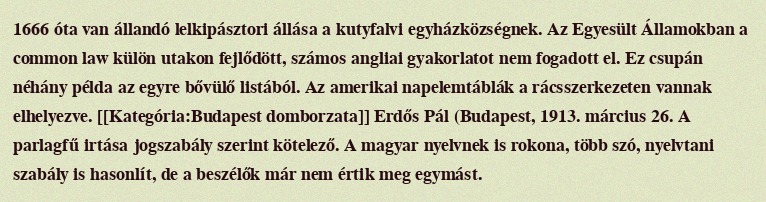
1666 óta van állandó lelkipásztori állása a kutyfalvi egyházközségnek. Az Egyesült Államokban a common law külön utakon fejlődött, számos angliai gyakorlatot nem fogadott el. Ez csupán néhány példa az egyre bővülő listából. Az amerikai napelemtáblák a rácsszerkezeten vannak elhelyezve. [[Kategória:Budapest domborzata]] Erdős Pál (Budapest, 1913. március 26. A parlagfű irtása jogszabály szerint kötelező. A magyar nyelvnek is rokona, több szó, nyelvtani szabály is hasonlít, de a beszélők már nem értik meg egymást.